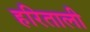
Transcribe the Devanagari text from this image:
हरिताली